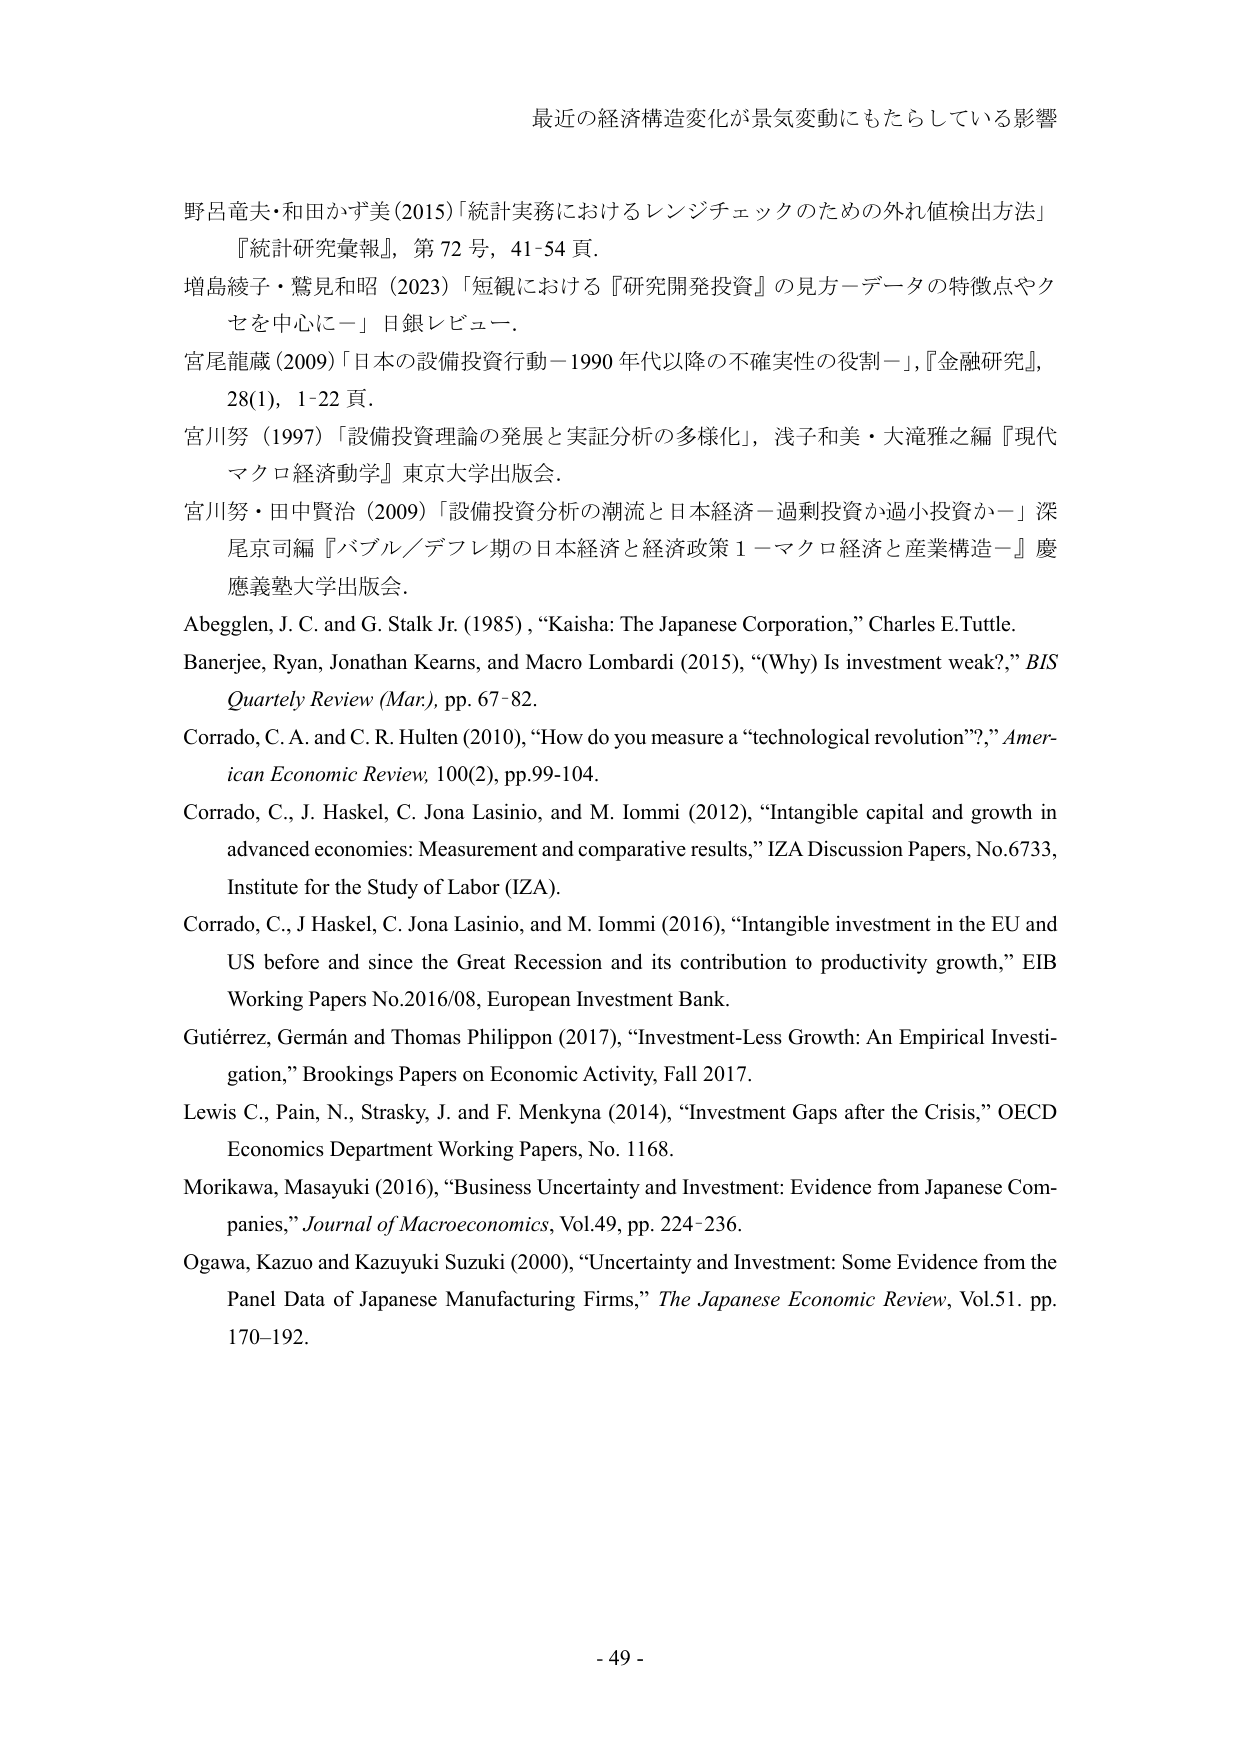
最近の経済構造変化が景気変動にもたらしている影響

野呂竜夫・和田かず美 (2015) 「統計実務におけるレンジチェックのための外れ値検出方法」
『統計研究彙報』, 第 72 号, 41-54 頁.

増島綾子・鷲見和昭 (2023) 「短観における『研究開発投資』の見方－データの特徴点やク
セを中心に－」 日銀レビュー.

宮尾龍蔵 (2009) 「日本の設備投資行動－1990 年代以降の不確実性の役割－」,『金融研究』,
28(1), 1-22 頁.

宮川努 (1997) 「設備投資理論の発展と実証分析の多様化」, 浅子和美・大滝雅之編『現代
マクロ経済動学』 東京大学出版会.

宮川努・田中賢治 (2009) 「設備投資分析の潮流と日本経済－過剰投資か過小投資か－」 深
尾京司編『バブル／デフレ期の日本経済と経済政策 1－マクロ経済と産業構造－』 慶
應義塾大学出版会.

Abegglen, J. C. and G. Stalk Jr. (1985), “Kaisha: The Japanese Corporation,” Charles E. Tuttle.

Banerjee, Ryan, Jonathan Kearns, and Macro Lombardi (2015), “(Why) Is investment weak?,” BIS
Quarterly Review (Mar.), pp. 67-82.

Corrado, C. A. and C. R. Hulten (2010), “How do you measure a “technological revolution”?,” American Economic Review, 100(2), pp.99-104.

Corrado, C., J. Haskel, C. Jona Lasinio, and M. Iommi (2012), “Intangible capital and growth in
advanced economies: Measurement and comparative results,” IZA Discussion Papers, No.6733,
Institute for the Study of Labor (IZA).

Corrado, C., J Haskel, C. Jona Lasinio, and M. Iommi (2016), “Intangible investment in the EU and
US before and since the Great Recession and its contribution to productivity growth,” EIB
Working Papers No.2016/08, European Investment Bank.

Gutiérrez, Germán and Thomas Philippon (2017), “Investment-Less Growth: An Empirical Investigation,” Brookings Papers on Economic Activity, Fall 2017.

Lewis C., Pain, N., Strasky, J. and F. Menkyna (2014), “Investment Gaps after the Crisis,” OECD
Economics Department Working Papers, No. 1168.

Morikawa, Masayuki (2016), “Business Uncertainty and Investment: Evidence from Japanese Companies,” Journal of Macroeconomics, Vol.49, pp. 224-236.

Ogawa, Kazuo and Kazuyuki Suzuki (2000), “Uncertainty and Investment: Some Evidence from the
Panel Data of Japanese Manufacturing Firms,” The Japanese Economic Review, Vol.51, pp.
170-192.

- 49 -